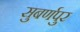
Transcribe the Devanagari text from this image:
सुबर्णपुर